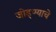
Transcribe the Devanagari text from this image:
जोड्ण्याचे